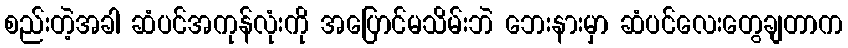
စည်းတဲ့အခါ ဆံပင်အကုန်လုံးကို အပြောင်မသိမ်းဘဲ ဘေးနားမှာ ဆံပင်လေးတွေချတာက